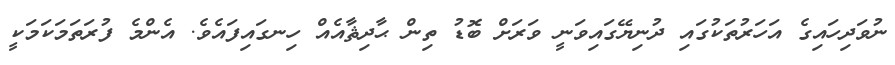
ނުވަދިހައިގެ އަހަރުތަކުގައި ދުނިޔޭގައިވަނީ ވަރަށް ބޮޑު ތިން ޙާދިޘާއެއް ހިނގައިފައެވެ. އެންމެ ފުރަތަމަކަމަކީ